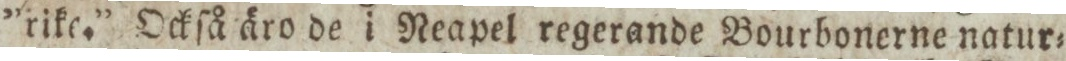
”rike.” Ockſå äro de i Reapel regerande Bourbonerne natur=